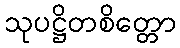
သုပဋ္ဌိတစိတ္တော